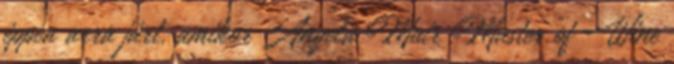
éppen arra járt, amikor Angela Muir Master of Wine